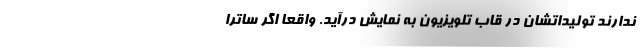
ندارند تولیداتشان در قاب تلویزیون به نمایش درآید. واقعا اگر ساترا